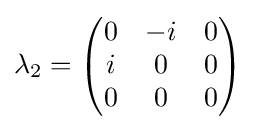
\lambda _{2}={\begin{pmatrix}0&-i&0\\i&0&0\\0&0&0\end{pmatrix}}